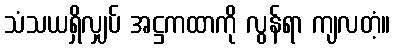
သံသယရှိလျှပ် အဋ္ဌကထာကို လွန်ရာ ကျလတံ့။